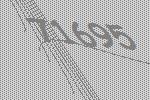
71695